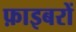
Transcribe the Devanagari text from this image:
फ़ाइबरों